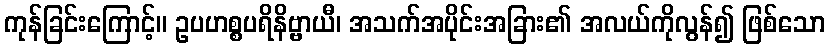
ကုန်ခြင်းကြောင့်။ ဥပဟစ္စပရိနိဗ္ဗာယီ၊ အသက်အပိုင်းအခြား၏ အလယ်ကိုလွန်၍ ဖြစ်သော